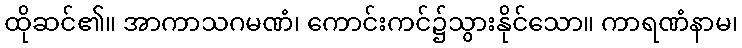
ထိုဆင်၏။ အာကာသဂမဏံ၊ ကောင်းကင်၌သွားနိုင်သော။ ကာရဏံနာမ၊